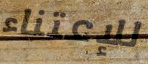
للإعتناء